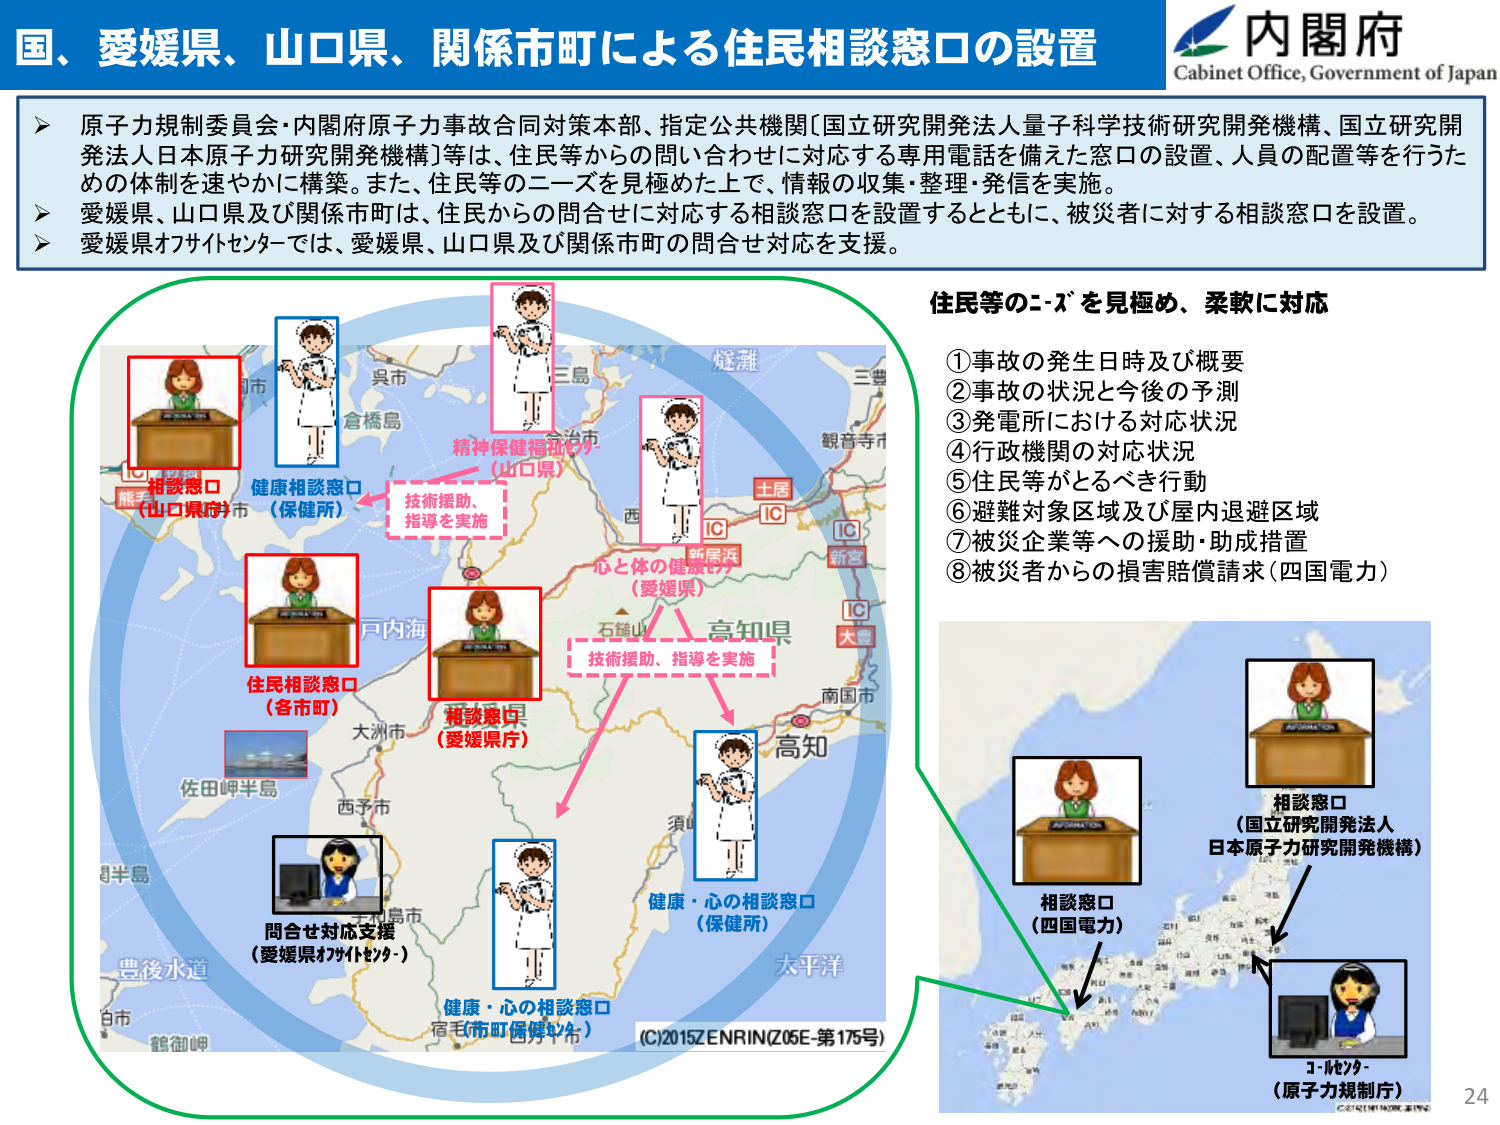
国、愛媛県、山口県、関係市町による住民相談窓口の設置

内閣府
Cabinet Office, Government of Japan

原子力規制委員会・内閣府原子力事故合同対策本部、指定公共機関〔国立研究開発法人量子科学技術研究開発機構、国立研究開発法人日本原子力研究開発機構〕等は、住民等からの問い合わせに対応する専用電話を備えた窓口の設置、人員の配置等を行うための体制を速やかに構築。また、住民等のニーズを見極めた上で、情報の収集・整理・発信を実施。
愛媛県、山口県及び関係市町は、住民からの問合せに対応する相談窓口を設置するとともに、被災者に対する相談窓口を設置。
愛媛県カツサセンターでは、愛媛県、山口県及び関係市町の問合せ対応を支援。

住民等のニーズを見極め、柔軟に対応
①事故の発生日時及び概要
②事故の状況と今後の予測
③発電所における対応状況
④行政機関の対応状況
⑤住民等がとるべき行動
⑥避難対象区域及び屋内退避区域
⑦被災企業等への援助・助成措置
⑧被災者からの損害賠償請求（四国電力）

相談窓口
（山口県庁）

健康相談窓口
（保健所）

精神保健福祉センター
（山口県）

技術援助、
指導を実施

心と体の健康センター
（愛媛県）

技術援助、指導を実施

住民相談窓口
（各市町）

相談窓口
（愛媛県庁）

問合せ対応支援
（愛媛県カツサセンター）

健康・心の相談窓口
（保健所）

健康・心の相談窓口
（市町保健センター）

相談窓口
（四国電力）

相談窓口
（国立研究開発法人
日本原子力研究開発機構）

コールセンター
（原子力規制庁）

(C)2015ZENRIN(Z05E-第175号)

24